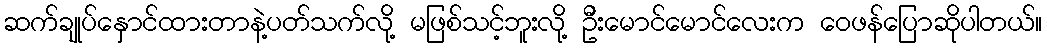
ဆက်ချုပ်နှောင်ထားတာနဲ့ပတ်သက်လို့ မဖြစ်သင့်ဘူးလို့ ဦးမောင်မောင်လေးက ဝေဖန်ပြောဆိုပါတယ်။